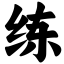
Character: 练